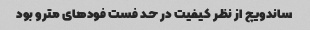
ساندویچ از نظر کیفیت در حد فست فود‌های مترو بود